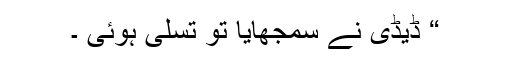
“ ڈیڈی نے سمجھایا تو تسلی ہوئی ۔